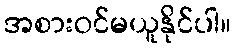
အစားဝင်မယူနိုင်ပါ။